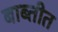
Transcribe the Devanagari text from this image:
बाब्तीत